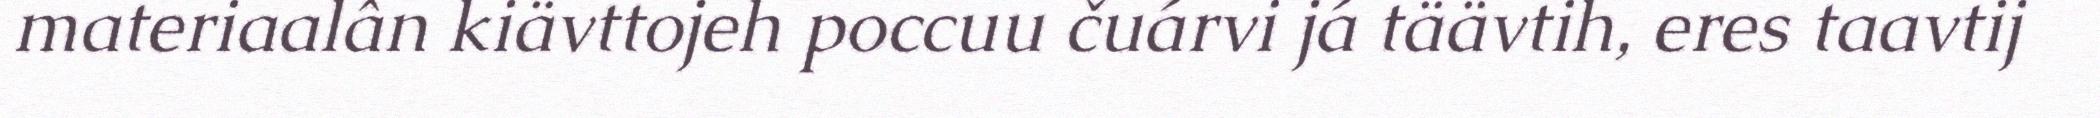
materiaalân kiävttojeh poccuu čuárvi já täävtih, eres taavtij